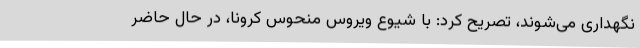
نگهداری می‌شوند، تصریح کرد: با شیوع ویروس منحوس کرونا، در حال حاضر